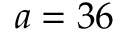
a = 3 6